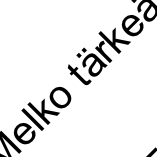
el k o t är k e